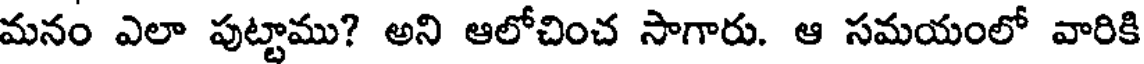
మనం ఎలా పుట్టాము? అని ఆలోచించ సాగారు. ఆ సమయంలో వారికి